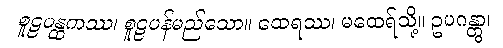
စူဠပန္ထကဿ၊ စူဠပန်မည်သော။ ထေရဿ၊ မထေရ်သို့။ ဥပဂန္တွာ၊